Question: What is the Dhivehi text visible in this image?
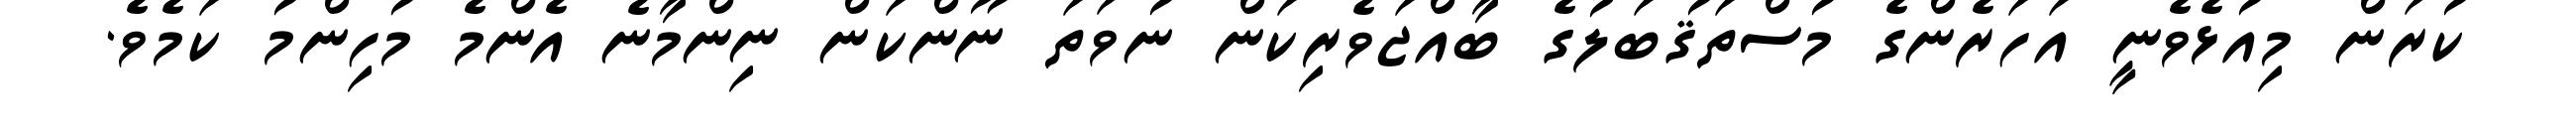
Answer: ކުރަން މިއުޅެވެނީ އަހަރެންގެ މުސްތަޤުބަލުގެ ބާއްޖަވެރިކަން ނުވަތަ ނޫންކަން ނިންމާނެ އެންމެ މުހިންމު ކަމެވެ.